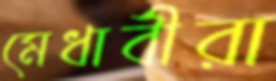
মেধাবীরা